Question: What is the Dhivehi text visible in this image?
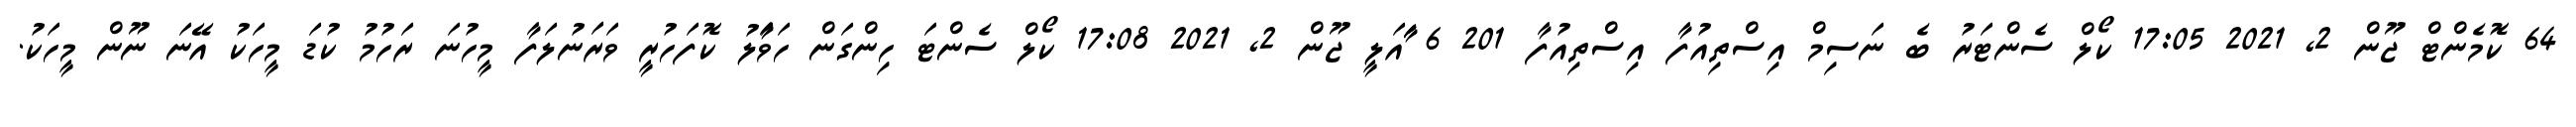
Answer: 64 ކޮމެންޓް ޖޫން 2, 2021 17:05 ކޯލް ސެންޓަރު ބެ ނަސިމް އިސްތިއުފާ އިސްތިއުފާ 201 6 ާަަަަަައަލީ ޖޫން 2, 2021 17:08 ކޯލް ސެންޓަ ހިންގަން ހަވަާލު ކޮފަހުރީ ވަރަނުލަފާ މީހުނަ ރަހުމު ކުޑަ މީހަކު އޭނަ ނޫން މީހަކު.